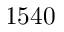
1 5 4 0